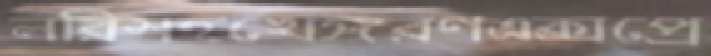
লরিসহখেঙ্গরণএক্সপ্রে